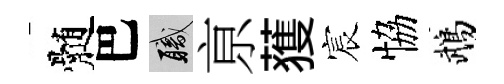
髄巴職亰𫉬宸恊鵡